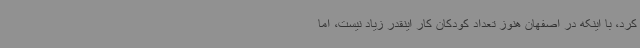
کرد، با اینکه در اصفهان هنوز تعداد کودکان کار اینقدر زیاد نیست، اما